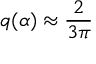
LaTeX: q ( \alpha ) \approx { \frac { 2 } { 3 \pi } }